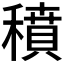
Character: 𥢊